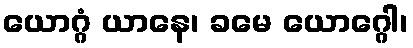
ယောဂ္ဂံ ယာနေ၊ ခမေ ယောဂ္ဂေါ၊